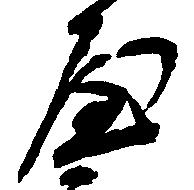
屋